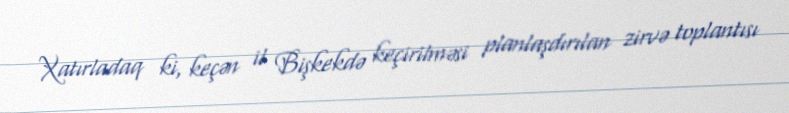
Xatırladaq ki, keçən il Bişkekdə keçirilməsi planlaşdırılan zirvə toplantısı